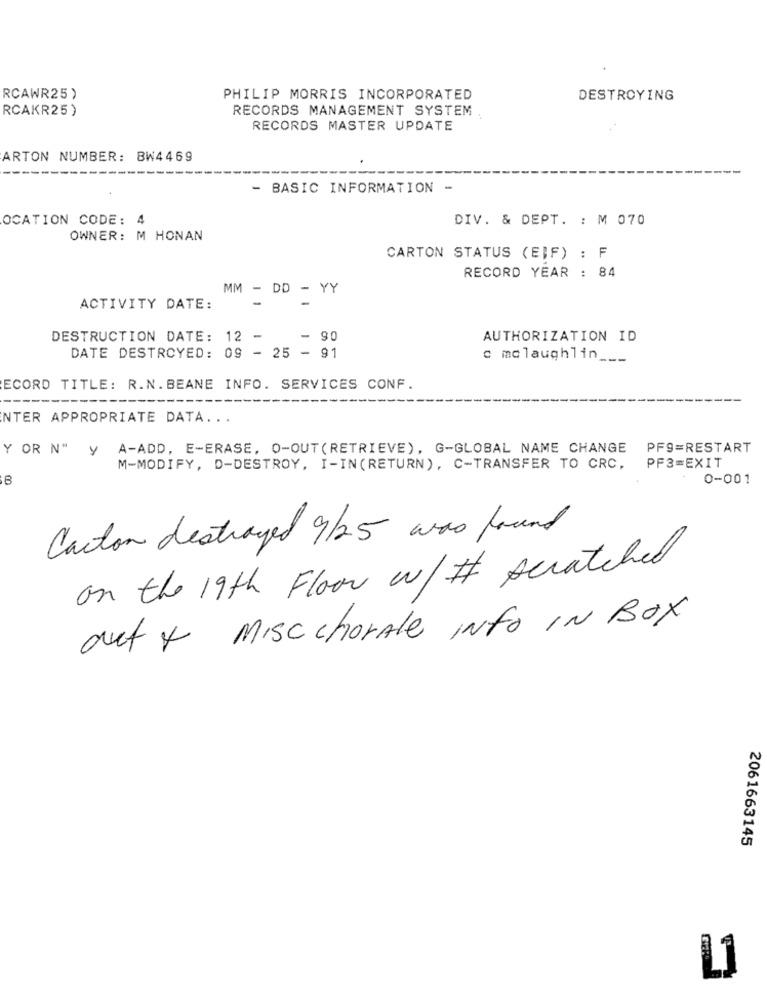
RCAWR25)
PHILIP MORRIS INCORPORATED
DESTROYING
RCAKR25)
RECORDS MANAGEMENT SYSTEM .
RECORDS MASTER UPDATE
ARTON NUMBER: BW4469
- BASIC INFORMATION -
OCATION CODE: 4
DIV. & DEPT. : M 070
OWNER: M HONAN
CARTON STATUS (EIF) : F
RECORD YEAR : 84
MM - DD - YY
ACTIVITY DATE:
DESTRUCTION DATE: 12 -
- 90
AUTHORIZATION ID
DATE DESTROYED: 09 - 25 - 91
c mclaughlin ___
ECORD TITLE: R.N. BEANE INFO. SERVICES CONF
NTER APPROPRIATE DATA ...
Y OR N" y A-ADD, E-ERASE, O-OUT (RETRIEVE), G-GLOBAL NAME CHANGE
PFg=RESTART
M-MODIFY, D-DESTROY, I-IN (RETURN), C-TRANSFER TO CRC,
PF3=EXIT
,8
0-001
Carton destroyed 9/25 was found
on the 19th Floor w/ # scratched
aut + Misc chorAle INFO IN BOX
2061663145
L1